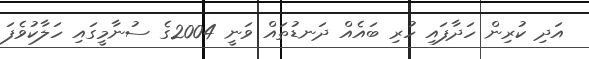
އަދި ކުރިން ހަދާފައި ހުރި ބައެއް ދަނޑުތައް ވަނީ 2004ގެ ސުނާމީގައި ހަލާކުވެފަ